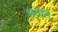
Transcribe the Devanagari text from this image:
छवाल